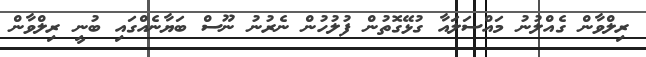
ރިލްވާން ގެއްލުނު މައްސަލައާ ގުޅޭގޮތުން ފުލުހުން ނެރުނު ނޫސް ބަޔާނެއްގައި ބުނީ ރިލްވާން